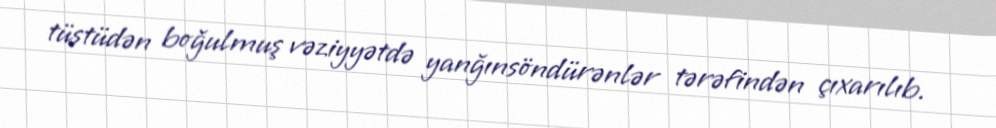
tüstüdən boğulmuş vəziyyətdə yanğınsöndürənlər tərəfindən çıxarılıb.